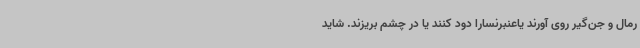
رمال و جن‌گیر روی آورند یاعنبرنسارا دود کنند یا در چشم بریزند. شاید